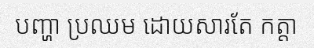
បញ្ហា ប្រឈម ដោយសារតែ កត្តា